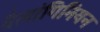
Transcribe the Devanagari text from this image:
वैलांगिनियन